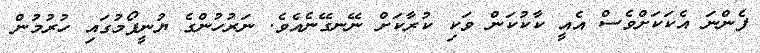
ފެންނަ އެކަކަށްވެސް އެއީ ކާކުކަން ވަކި ކުރާކަށް ނޭނގޭނެއެވެ. ނަރުހުންގެ ޔުނީފޯމުގައި ހުރުމުން